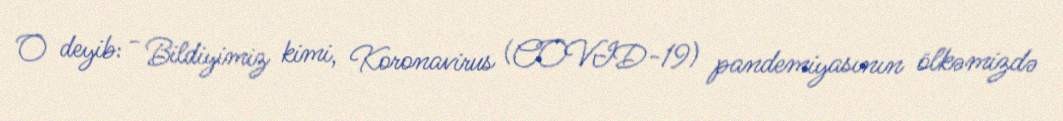
O deyib: - Bildiyimiz kimi, Koronavirus (COVID-19) pandemiyasının ölkəmizdə